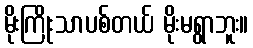
မိုးကြိုးသာပစ်တယ် မိုးမရွာဘူး။